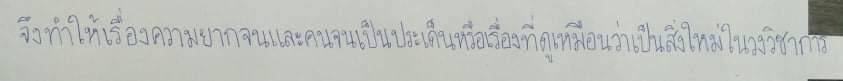
จึงทำให้เรื่องความยากจนและคนจนเป็นประเด็นหรือเรื่องที่ดูเหมือนว่าเป็นสิ่งใหม่ในวงวิชาการ